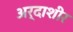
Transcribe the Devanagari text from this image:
अर्दाशीर